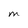
Character: M